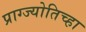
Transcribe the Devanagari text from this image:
प्राग्ज्योतिच्हा